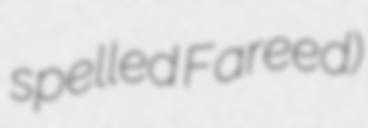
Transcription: spelled Fareed)